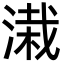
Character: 溨